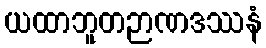
ယထာဘူတဉာဏဒဿနံ